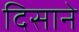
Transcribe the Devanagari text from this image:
दिसाने